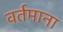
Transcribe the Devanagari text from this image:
वर्तमाना